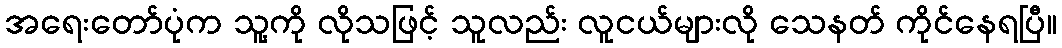
အရေးတော်ပုံက သူ့ကို လိုသဖြင့် သူလည်း လူငယ်များလို သေနတ် ကိုင်နေရပြီ။